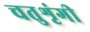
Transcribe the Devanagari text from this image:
चतुशृंगी